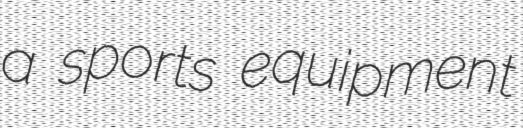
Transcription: a sports equipment